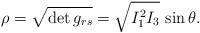
LaTeX: \begin{align*}\rho=\sqrt{ \det g_{rs} } = \sqrt{I_1^2I_3}\,\sin\theta.\end{align*}